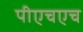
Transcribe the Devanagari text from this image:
पीएचएच